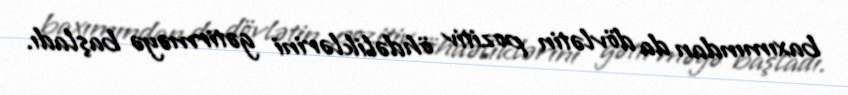
baxımından da dövlətin pozitiv öhdəliklərini gətirməyə başladı.